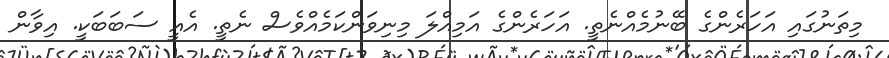
މިތަނުގައި އަހަރެންގެ ބޭނުމެއްނެތީ. އަހަރެންގެ އަމިއްލަ މިނިވަންކަމެއްވެސް ނެތީ. އެއީ ސަބަބަކީ. އިވާން